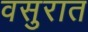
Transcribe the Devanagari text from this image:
वसुरात